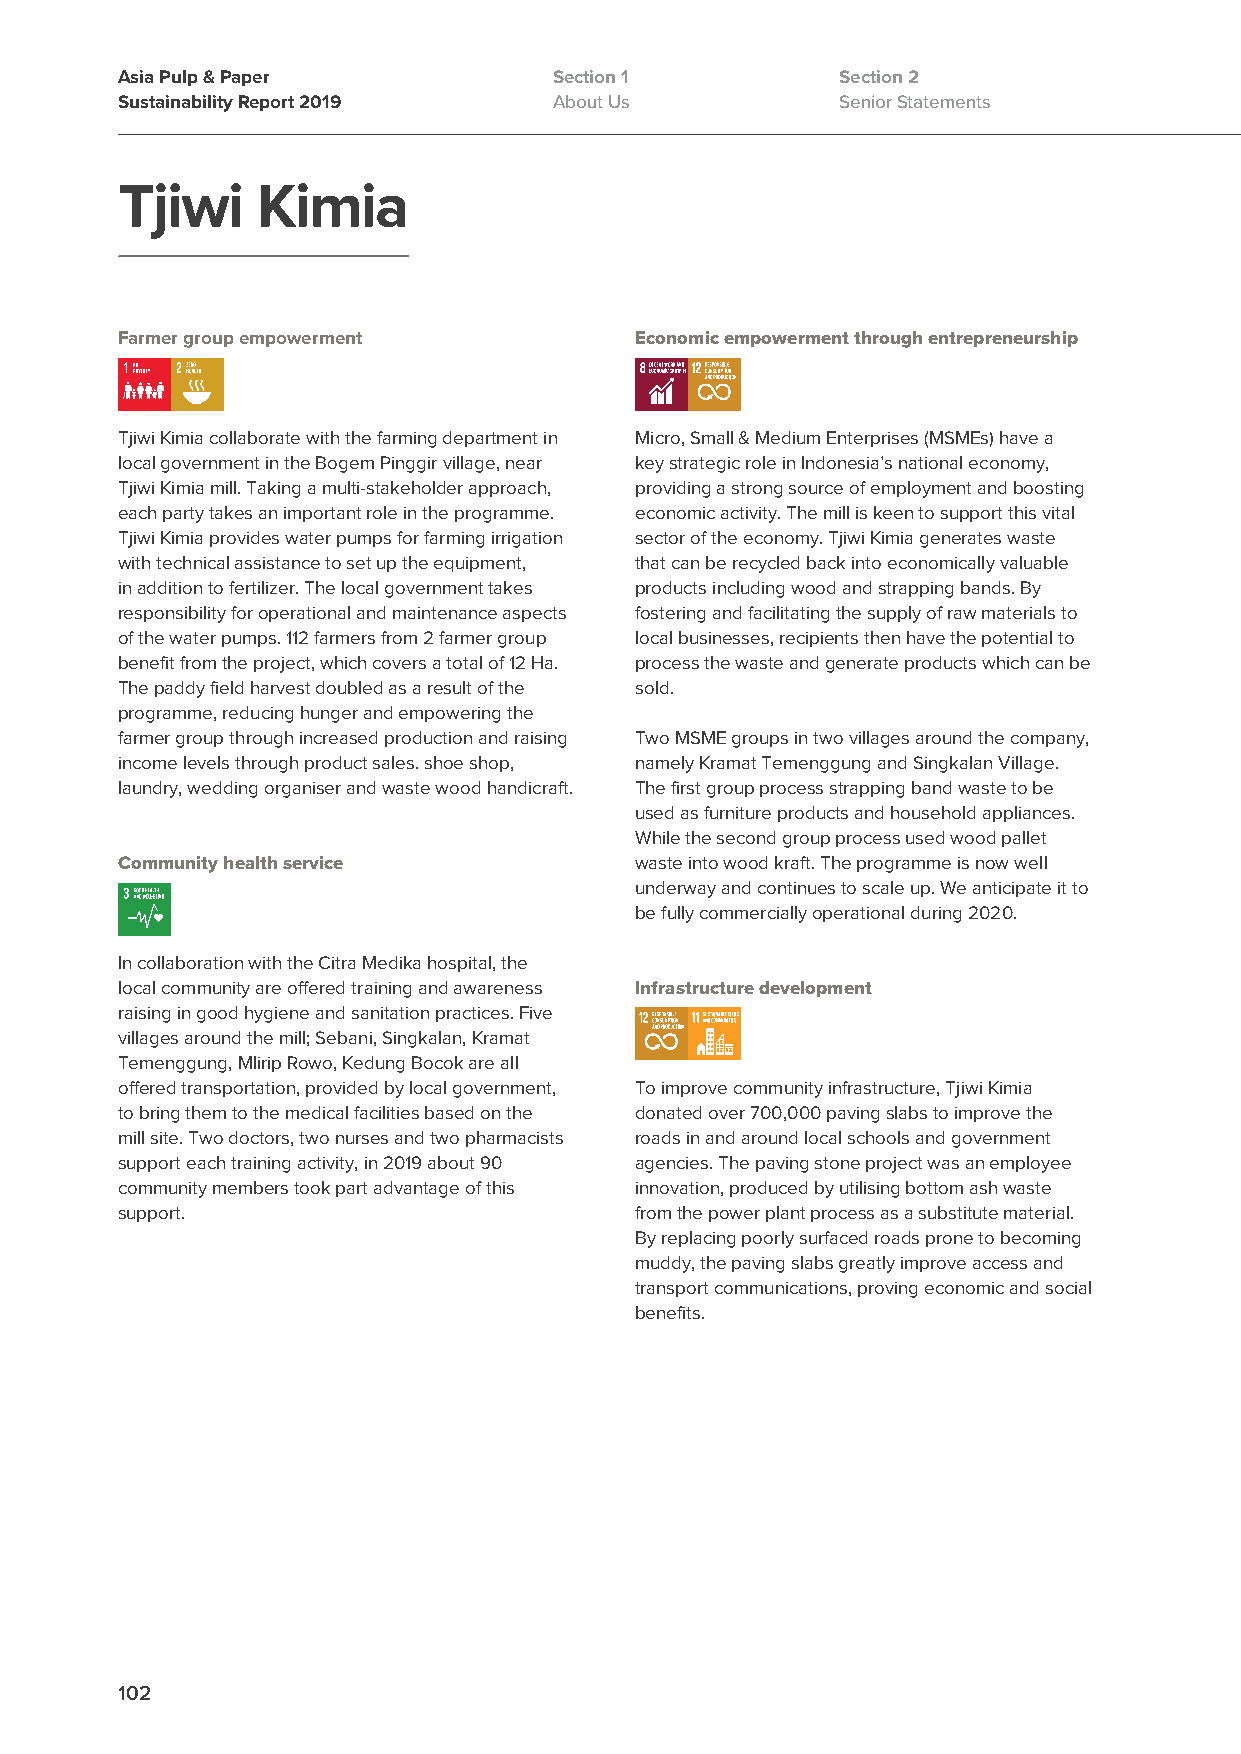
Asia Pulp & Paper            Section 1          Section 2
 Sustainability Report 2019   About Us           Senior Statements
 Tjiwi    Kimia
 Farmer group empowerment          Economic empowerment through entrepreneurship
 Tjiwi Kimia collaborate with the farming department in Micro, Small & Medium Enterprises (MSMEs) have a
 local government in the Bogem Pinggir village, near key strategic role in Indonesia’s national economy,
 Tjiwi Kimia mill. Taking a multi-stakeholder approach, providing a strong source of employment and boosting
 each party takes an important role in the programme. economic activity. The mill is keen to support this vital
 Tjiwi Kimia provides water pumps for farming irrigation sector of the economy. Tjiwi Kimia generates waste
 with technical assistance to set up the equipment, that can be recycled back into economically valuable
 in addition to fertilizer. The local government takes products including wood and strapping bands. By
 responsibility for operational and maintenance aspects fostering and facilitating the supply of raw materials to
 of the water pumps. 112 farmers from 2 farmer group local businesses, recipients then have the potential to
 benefit from the project, which covers a total of 12 Ha. process the waste and generate products which can be
 The paddy field harvest doubled as a result of the sold.
 programme, reducing hunger and empowering the
 farmer group through increased production and raising Two MSME groups in two villages around the company,
 income levels through product sales. shoe shop, namely Kramat Temenggung and Singkalan Village.
 laundry, wedding organiser and waste wood handicraft. The first group process strapping band waste to be
 used as furniture products and household appliances.
 While the second group process used wood pallet
 Community health service          waste into wood kraft. The programme is now well
 underway and continues to scale up. We anticipate it to
 be fully commercially operational during 2020.
 In collaboration with the Citra Medika hospital, the
 local community are offered training and awareness Infrastructure development
 raising in good hygiene and sanitation practices. Five
 villages around the mill; Sebani, Singkalan, Kramat
 Temenggung, Mlirip Rowo, Kedung Bocok are all
 offered transportation, provided by local government, To improve community infrastructure, Tjiwi Kimia
 to bring them to the medical facilities based on the donated over 700,000 paving slabs to improve the
 mill site. Two doctors, two nurses and two pharmacists roads in and around local schools and government
 support each training activity, in 2019 about 90 agencies. The paving stone project was an employee
 community members took part advantage of this innovation, produced by utilising bottom ash waste
 support.                          from the power plant process as a substitute material.
 By replacing poorly surfaced roads prone to becoming
 muddy, the paving slabs greatly improve access and
 transport communications, proving economic and social
 benefits.
 102